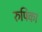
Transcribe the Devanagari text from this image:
रुपिका